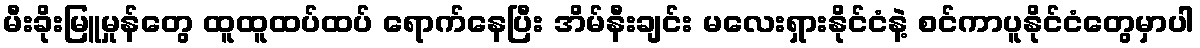
မီးခိုးမြူမှုန်တွေ ထူထူထပ်ထပ် ရောက်နေပြီး အိမ်နီးချင်း မလေးရှားနိုင်ငံနဲ့ စင်ကာပူနိုင်ငံတွေမှာပါ